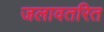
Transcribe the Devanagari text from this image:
जलावतरित